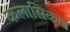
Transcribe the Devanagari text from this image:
कलासिकल